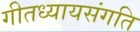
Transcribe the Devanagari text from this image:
गीतध्यायसंगति